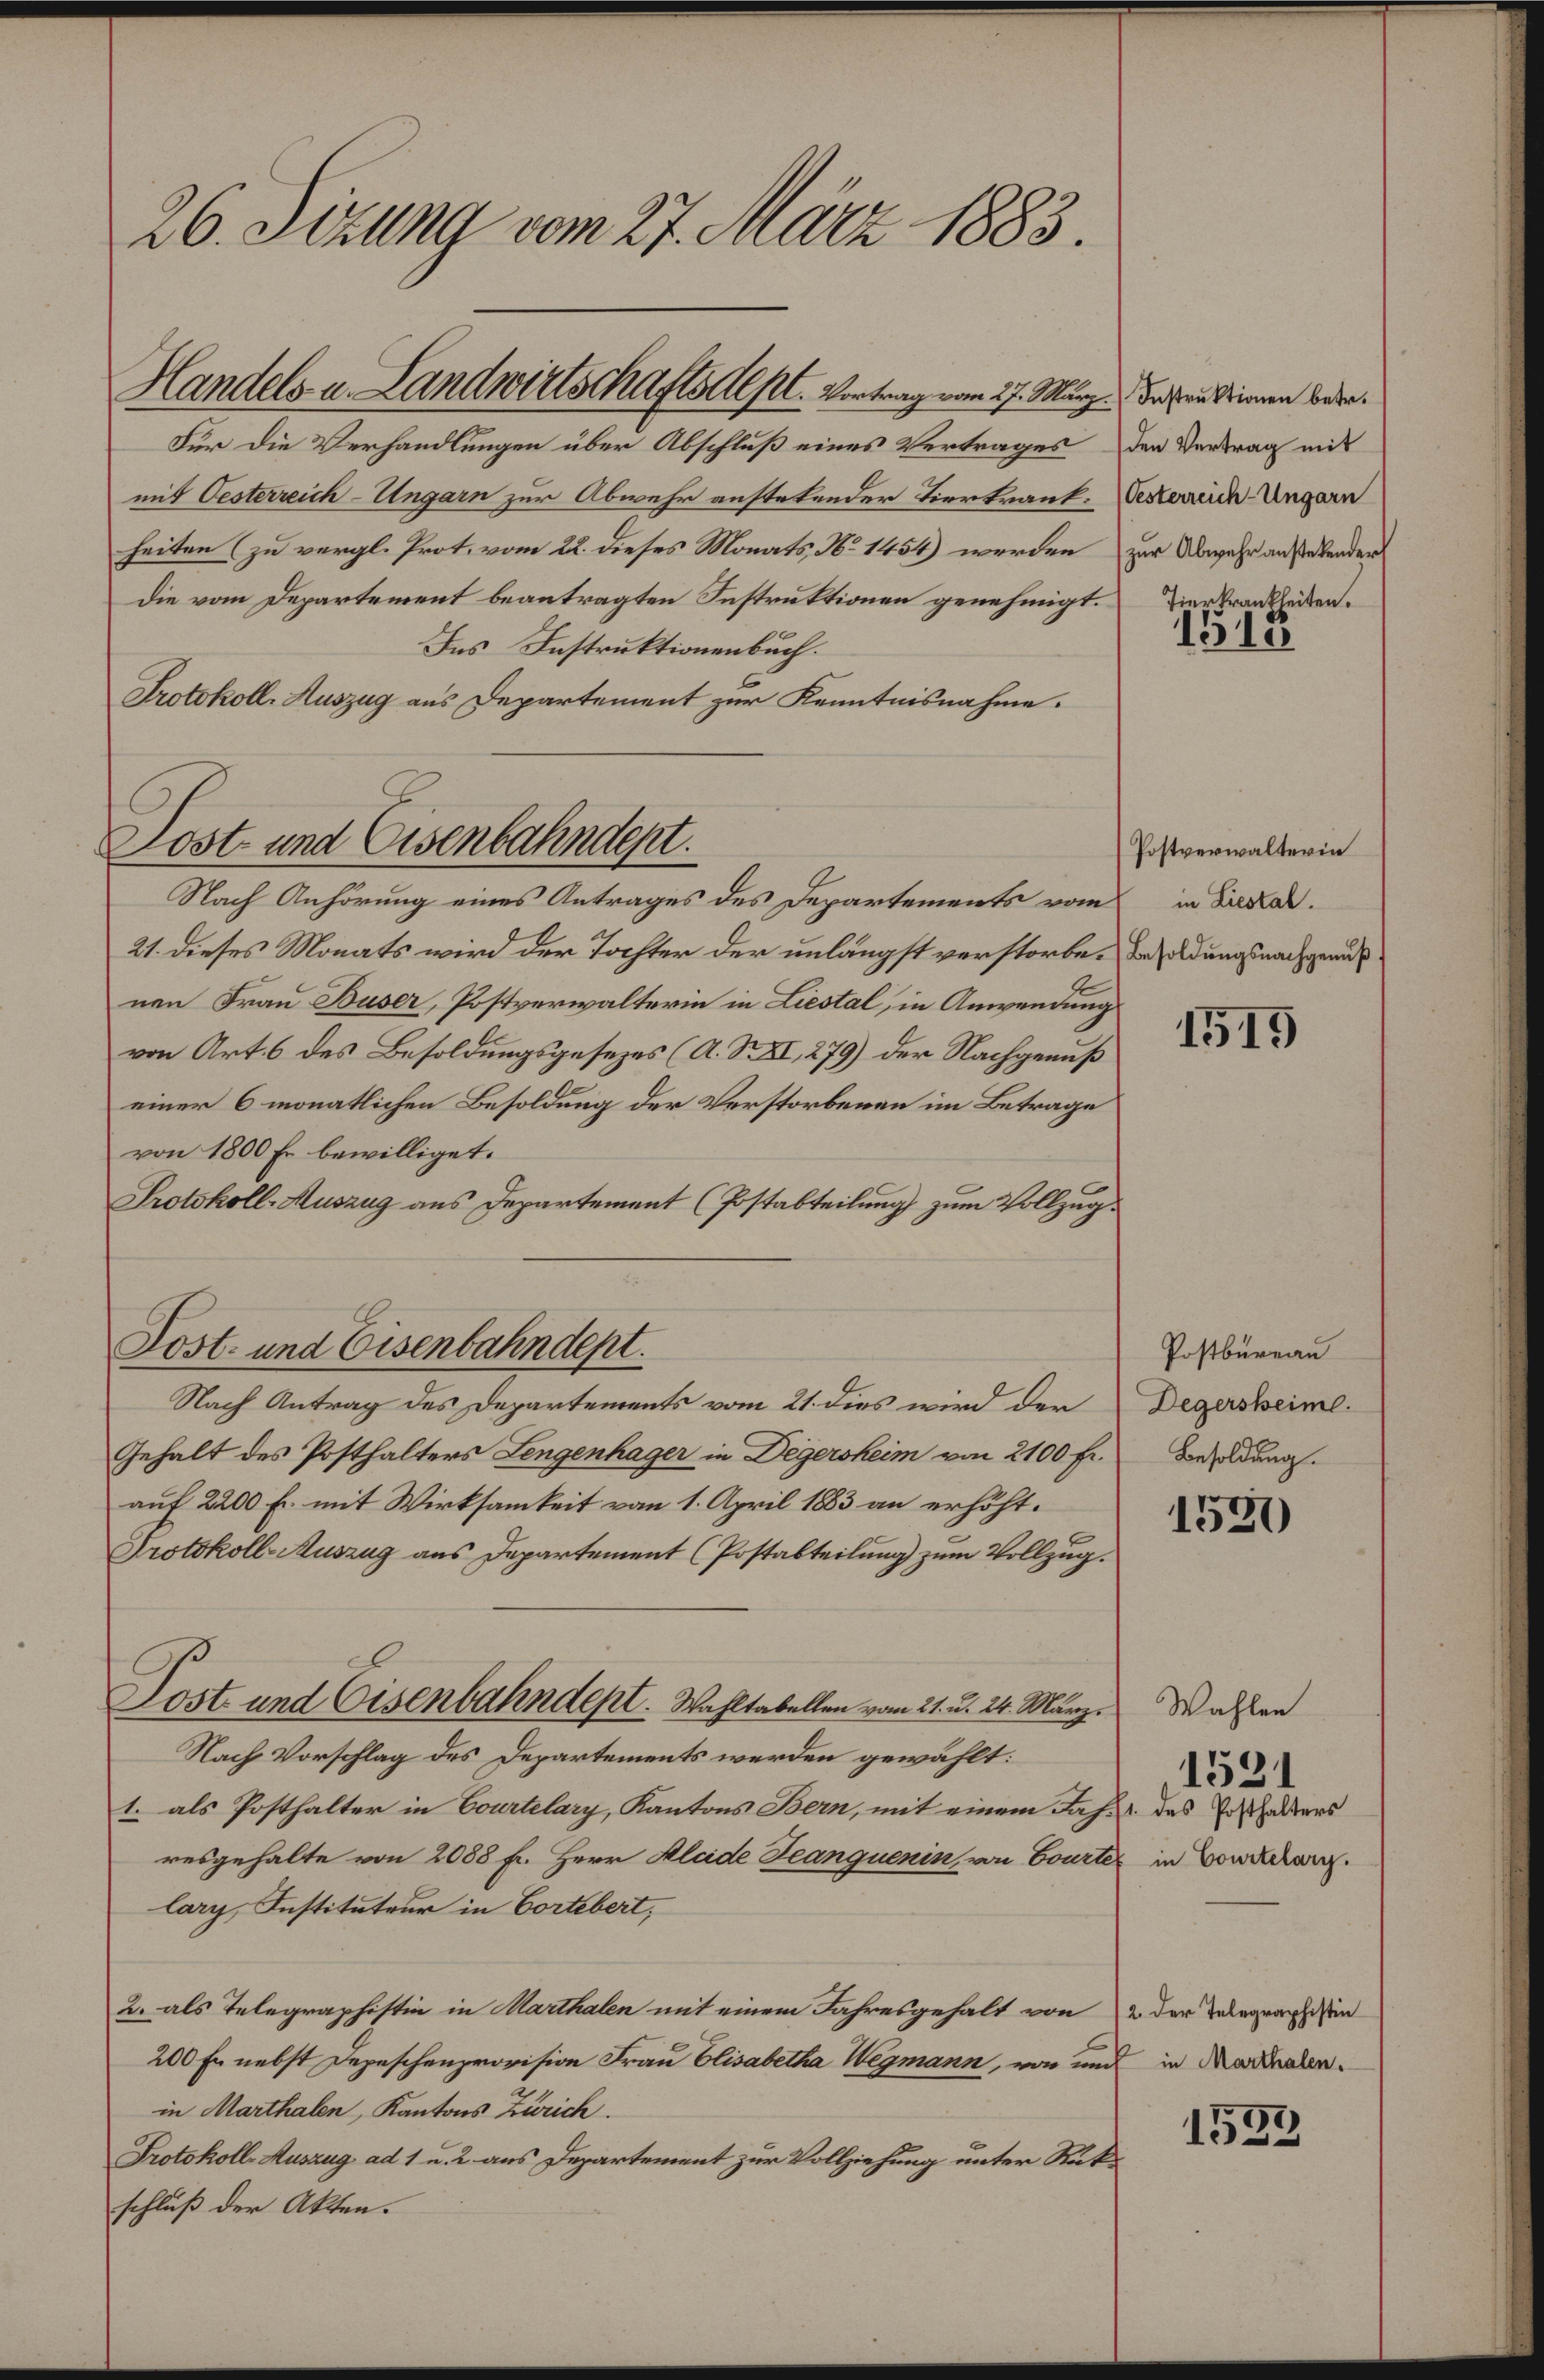
26. Sizung vom 27. März 1883.

Für die Verhandlungen über Abschluß eines Vertrages
mit Oesterreich-Ungarn zur Abwehr anstehender Tiertraut-Sexterrich-Ungarn
heiten (zu vergl. Prot. vom 22. dieses Monats No 1454) werden zur Abwehr ansehender
Die vom Departement beantragten Instruktionen genehmigt.
Ins Instruktionenbuch.
Protokoll-Auszug aus Departement zur Kenntnisnahme.
Nach Anhörung eines Antrages des Departements vom
21. dieses Monats wird der Tochter der unlängst verstorben Bedings nachgea
nen Frau Buser, Postverwalterin in Liestal, in Anwendung
von Art. 6 des Besoldungsgesezes (A. S. XI, 279) der Nachgenuß
einer 6 monatlichen Besoldung der Verstorbenen im Betrage
von 1800 Fr. bewilliget.
Protokoll-Auszug aus Departement (Postabteilung zum Vollzug
Post- und Eisenbahndept.
Nach Antrag des Departements vom 21. dies wird der
Gehalt des Posthalters Lengenhager in Degersheim von 2100 fr.
auf 2200 Fr. mit Wirksamkeit vom 1. April 1883 an erhöht.
Protokoll-Auszug aus Departement (Postabteilung zum Vollzug.
Post- und Eisenbahndept. Wahltabellen vom 21. d. 24. März.
Nach Vorschlag des Departements werden gewählt:
1. als Posthalter in Courtelary, Kantons Bern, mit einem Jahresgehalte von 2088 fl. Herr Kleide Jeanquenin, von Courte
larg, Instituteur in Cortebert,
2. als Telegraphistin in Marthalen mit einem Jahresgehalt von der Telegraphissen
200 Fr. nebst Depeschenprovision Frau Elisabetha Wegmann, von und in Mordenden.
in Marthalen, Kantons Zürich.
Protokoll-Auszug ad 1 u. 2 aus Departement zur Vollziehung unter Rükschluß der Akten.

Handels- u. Landwirtschaftsel pl. Vortrag vom 27. März das an deinen bede

Post- und Eisenbahndept.

den Vertrag mit
Tierkrankheiten.

1513

(Postverwalterin
in Liestal.

1519

Postbureau
Degersheime.
Besoldung.

1530

Wahlen
1 des Posthalters
in Courtelary.

1521

1533